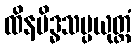
ထိနမိဒ္ဓသမ္ပယုတ္တံ